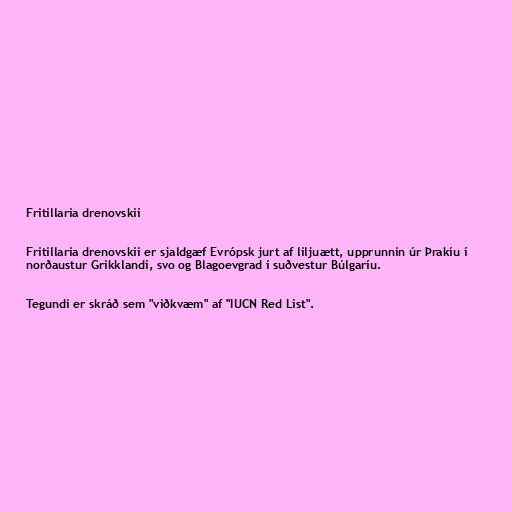
Fritillaria drenovskii

Fritillaria drenovskii er sjaldgæf Evrópsk jurt af liljuætt, upprunnin úr Þrakíu í
norðaustur Grikklandi, svo og Blagoevgrad í suðvestur Búlgaríu.

Tegundi er skráð sem "viðkvæm" af "IUCN Red List".